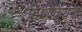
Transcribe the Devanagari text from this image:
तिर्याकियन